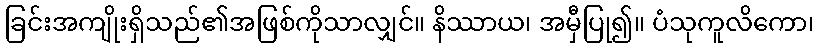
ခြင်းအကျိုးရှိသည်၏အဖြစ်ကိုသာလျှင်။ နိဿာယ၊ အမှီပြု၍။ ပံသုကူလိကော၊